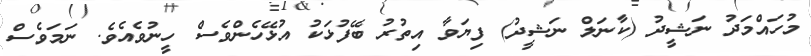
މުހައްމަދު ނަޝީދު (ކާނަލް ނަޝީދު) ފިޔަވާ އިތުރު ބޭފުޅަކު އުޅޭހެންވެސް ހީނުވެއެވެ. ނަމަވެސް